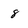
Character: 8